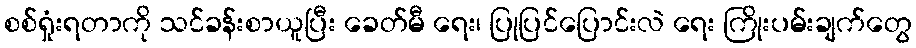
စစ်ရှုံးရတာကို သင်ခန်းစာယူပြီး ခေတ်မီ ရေး၊ ပြုပြင်ပြောင်းလဲ ရေး ကြိုးပမ်းချက်တွေ